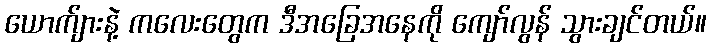
ယောက်ျားနဲ့ ကလေးတွေက ဒီအခြေအနေကို ကျော်လွန် သွားချင်တယ်။